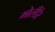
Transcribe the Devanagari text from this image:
मोलीरे